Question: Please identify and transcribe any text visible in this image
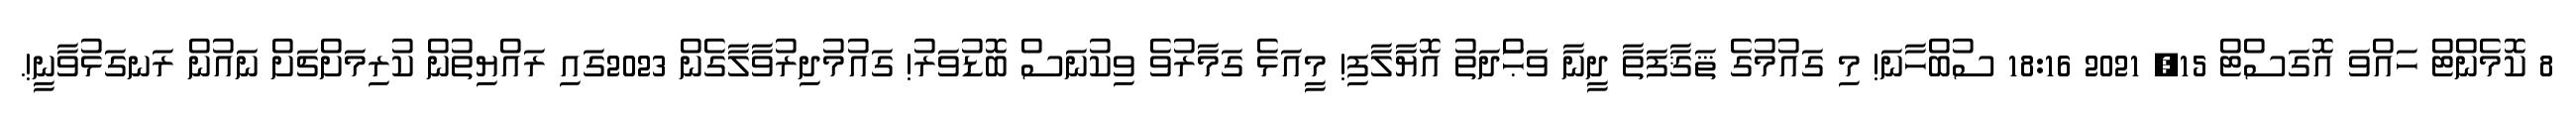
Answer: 8 ކޮމެންޓް ހައްވަ އޮގަސްޓް 15, 2021 18:16 ސުބްހާނަ! މި ގައުމުގެ ޘަޤާފަތާ ދީނާ ވަޙްަދަތު އޮޔާލާފި! މީއަޅެ ގަމާރުވެ ވިކުނަސް ބޮޑުވަރު! ގައުމުދިރުވާލާގެން 2023ގައި ރައްޔިތުން ކުރިމަށްޗަށް ނައުން ރަނގަޅުވާނީ!.